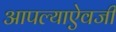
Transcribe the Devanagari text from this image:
आपल्याऐवजी